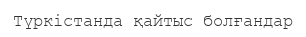
Түркістанда қайтыс болғандар